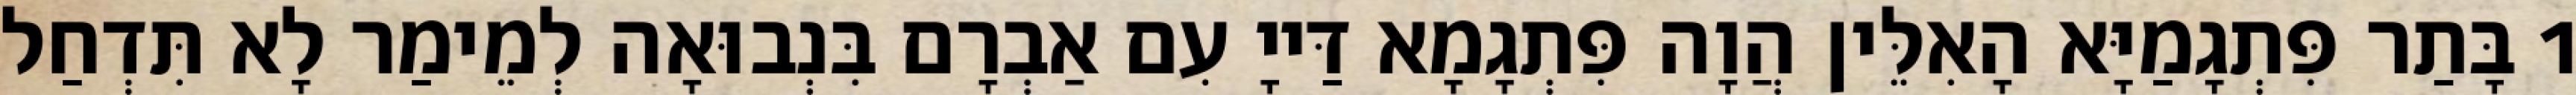
1 בָּתַר פִּתְגָמַיָּא הָאִלֵּין הֲוָה פִּתְגָמָא דַּייָ עִם אַבְרָם בִּנְבוּאָה לְמֵימַר לָא תִּדְחַל